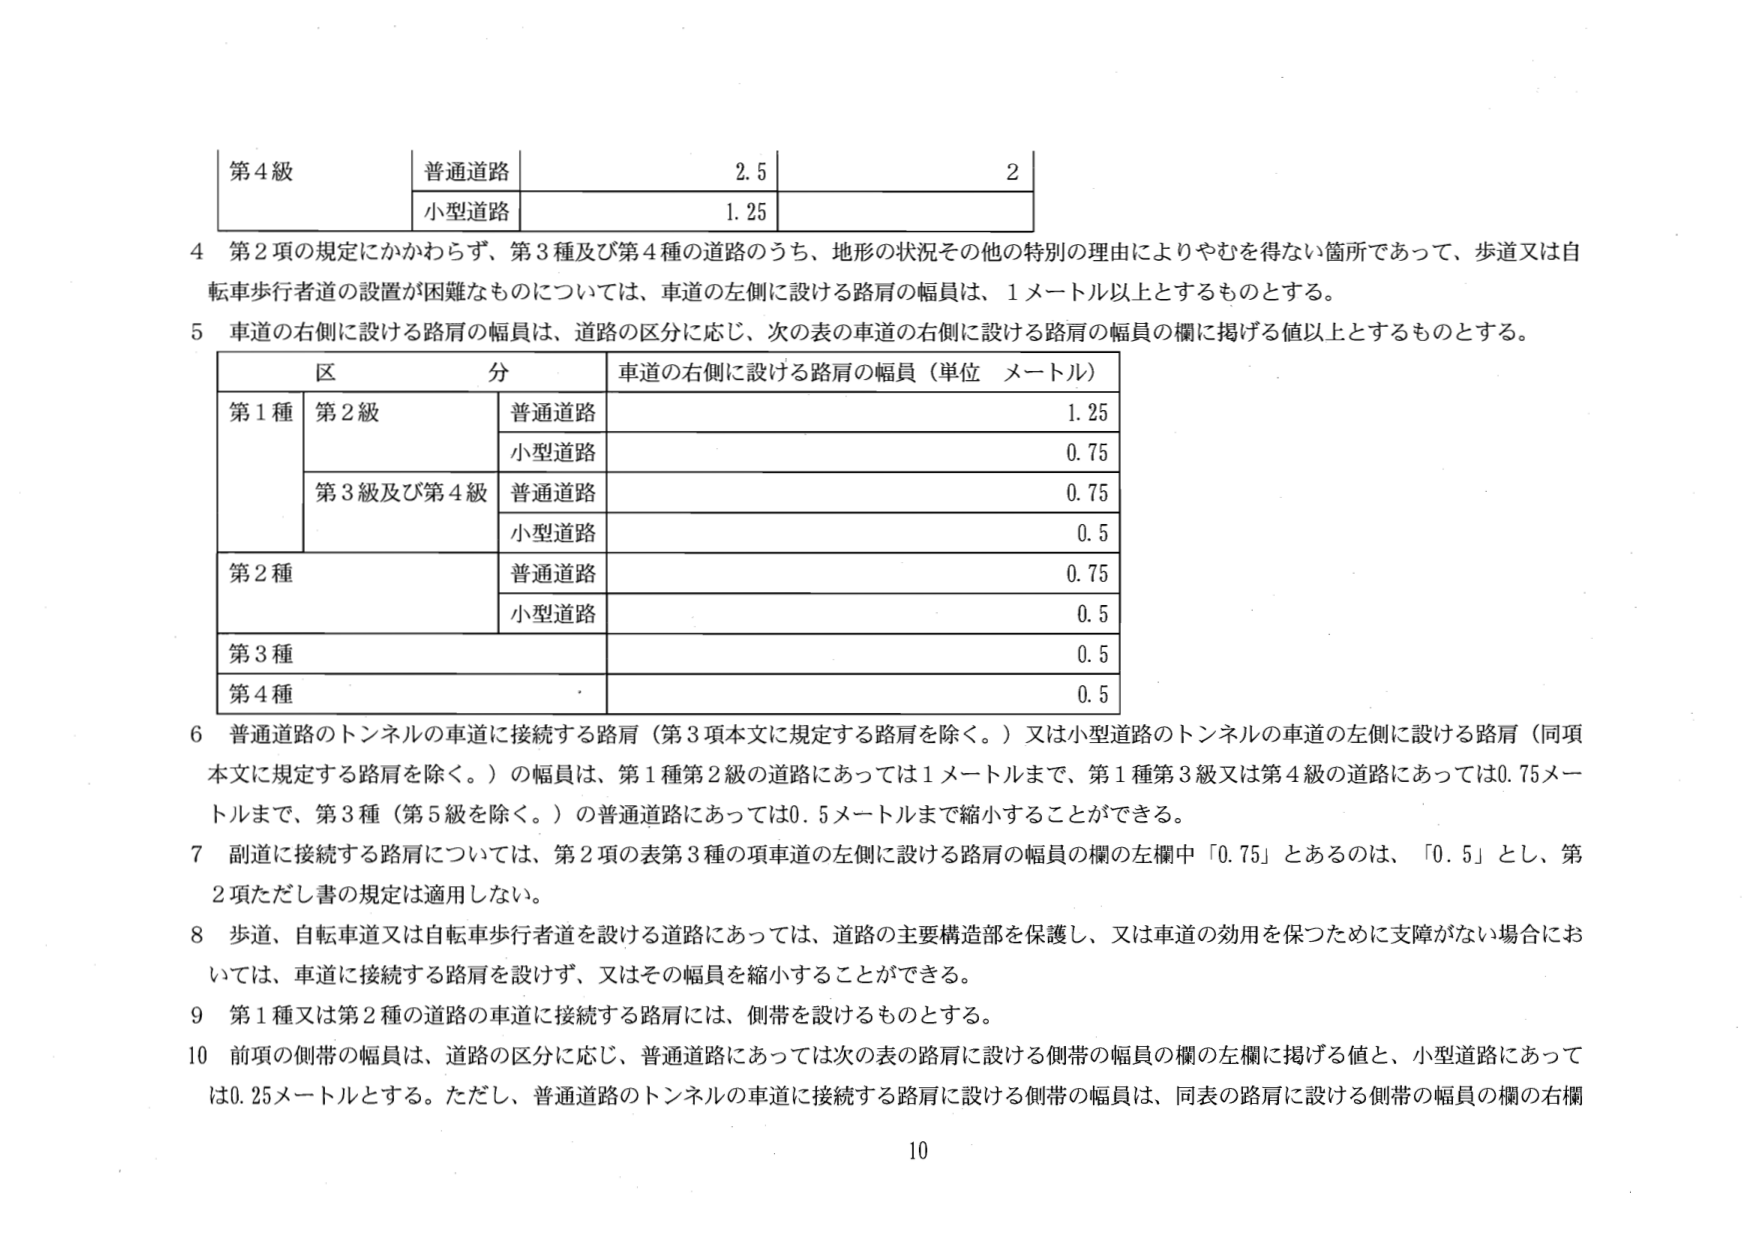
第4級
普通道路 2.5 2
小型道路 1.25

4 第2項の規定にかかわらず、第3種及び第4種の道路のうち、地形の状況その他の特別の理由によりやむを得ない箇所であって、歩道又は自転車歩行者道の設置が困難なものについては、車道の左側に設ける路肩の幅員は、1メートル以上とするものとする。

5 車道の右側に設ける路肩の幅員は、道路の区分に応じ、次の表の車道の右側に設ける路肩の幅員の欄に掲げる値以上とするものとする。

区 分 車道の右側に設ける路肩の幅員（単位 メートル）
第1種 第2級 普通道路 1.25
　　　　　　　小型道路 0.75
　　　　　第3級及び第4級 普通道路 0.75
　　　　　　　　　　　　小型道路 0.5
第2種 普通道路 0.75
　　　　　小型道路 0.5
第3種 0.5
第4種 0.5

6 普通道路のトンネルの車道に接続する路肩（第3項本文に規定する路肩を除く。）又は小型道路のトンネルの車道の左側に設ける路肩（同項本文に規定する路肩を除く。）の幅員は、第1種第2級の道路にあっては1メートルまで、第1種第3級又は第4級の道路にあっては0.75メートルまで、第3種（第5級を除く。）の普通道路にあっては0.5メートルまで縮小することができる。

7 副道に接続する路肩については、第2項の表第3種の項車道の左側に設ける路肩の幅員の欄の左欄中「0.75」とあるのは、「0.5」とし、第2項ただし書の規定は適用しない。

8 歩道、自転車道又は自転車歩行者道を設ける道路にあっては、道路の主要構造部を保護し、又は車道の効用を保つために支障がない場合においては、車道に接続する路肩を設けず、又はその幅員を縮小することができる。

9 第1種又は第2種の道路の車道に接続する路肩には、側帯を設けるものとする。

10 前項の側帯の幅員は、道路の区分に応じ、普通道路にあっては次の表の路肩に設ける側帯の幅員の欄の左欄に掲げる値と、小型道路にあっては0.25メートルとする。ただし、普通道路のトンネルの車道に接続する路肩に設ける側帯の幅員は、同表の路肩に設ける側帯の幅員の欄の右欄

10